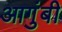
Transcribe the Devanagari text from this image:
आगुंबी